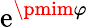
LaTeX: \mathrm{e}^{\pmim\varphi}